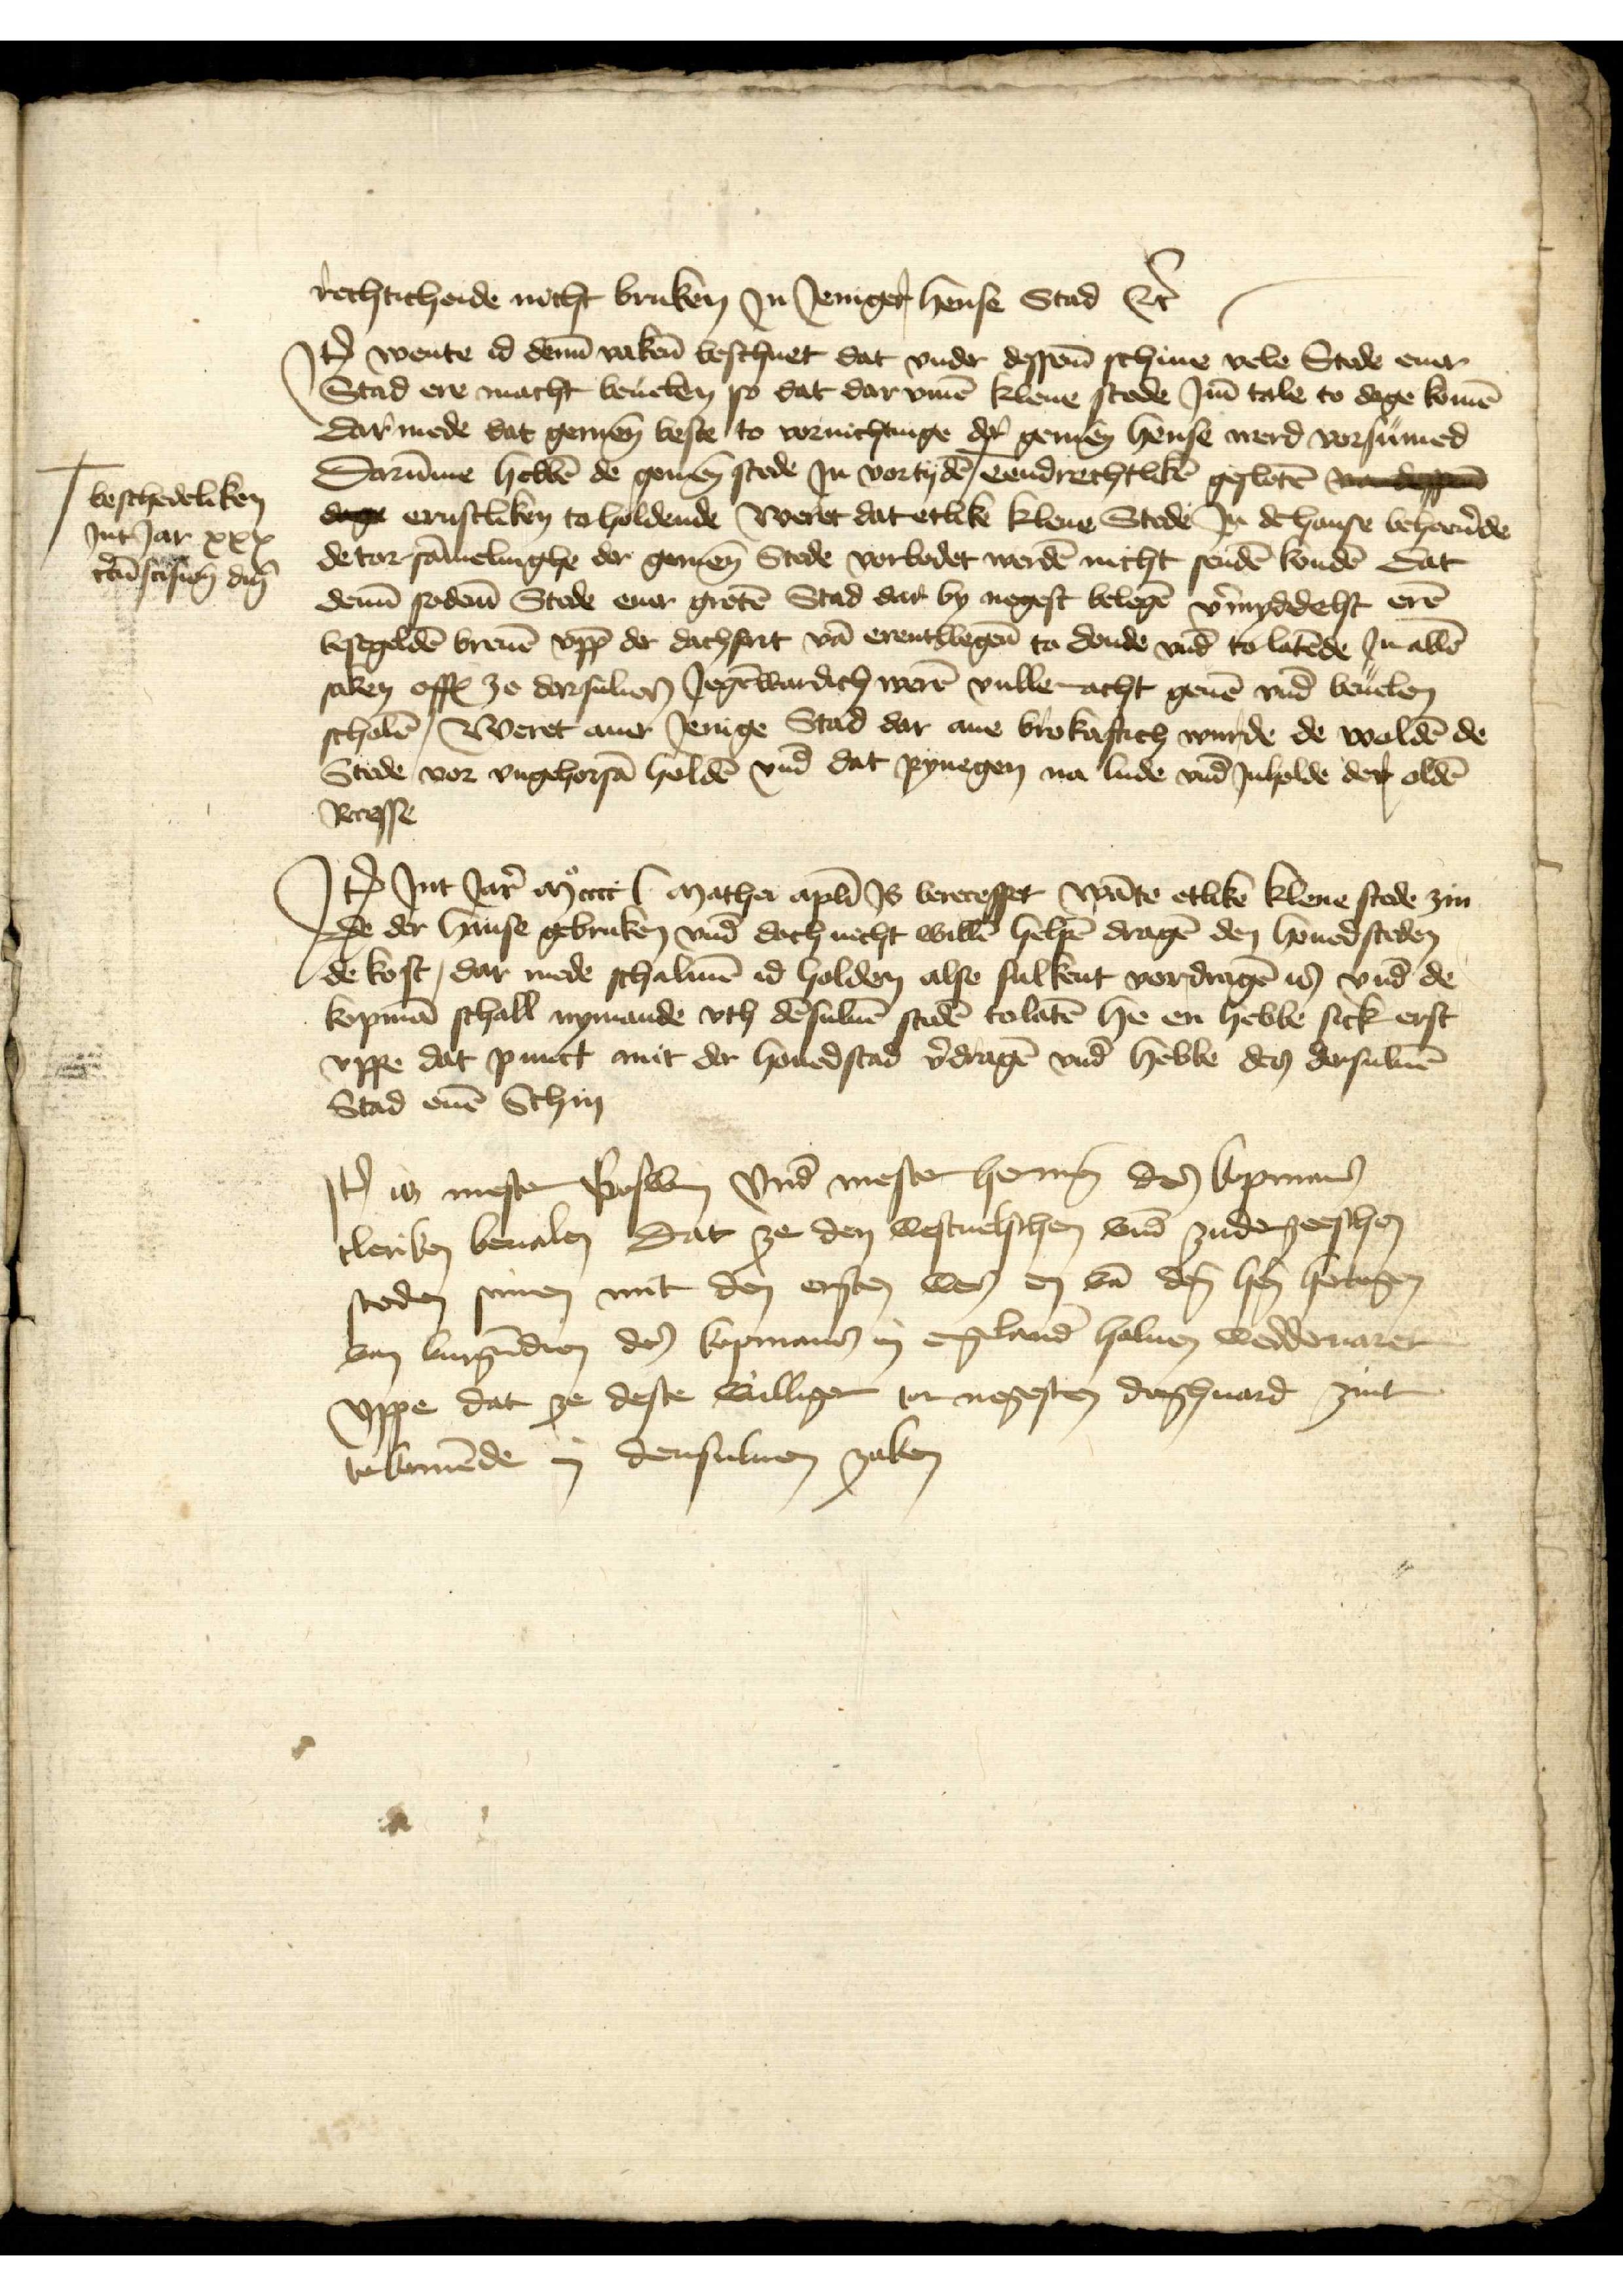
rechticheide nicht bruken Jn Jeniger hense Stad ectetera

Jtem wente id deme vakene beschuet dat vnder dessen schiue vele Stede ener
Stad ere macht beuelen so dat dar vmme klene stede Jme tale to dage komen
Dar mede dat gemenen beste to vornichtinge der gemenen hense werd vorsumed
Darumme hebben de gemenen stede Jn vortyden + eendrechtliken gesloten vandes
dage ernstliken to holdende weret dat etlike klene Stede Jn de hanse behorende
de tor sammelinghe der gemenen Stede vorbodet werden nicht senden konden dat
denne sodane Stede ener groten Stad dar by negest belegen vormyddelst eren
besegelden breuen vpp der dachfart van erentwegene to donde vnd to latende Jn allen
saken offt ze darsulen Jegenwardich weren vulle acht geuen vnd beuelen
scholen, Weret auer Jenige Stad dar ane brokaftich wurde de wolden de
Stede vor vngehorsam holden vnd dat pynegen na lude vnd Jnholde der olden
Recesse

+ beschedeliken
Jnt Jar xxx
recunscisnen den

Jtem Jnt Jar mocccc mathei aplin Js berecesset Wante etliken klene stede zin
de der hanse gebruken vnd doch nicht willen helpen dragen den houedsteden
de kost, dar mede schalmen id holden alse sulkent vordragen is vnd de
kopman schall nymande vth densuluen steden tolaten he en hebbe sick erst
vppe dat punct mit der houedstad vordragen vnd hebbe des dersuluen
Stad enen Schin

Jtem is mester Goswin vnd mester Herman des Copmans
cleriker beualen Dat ze den westuelschen vnd zuderzeeschen
steden scriuen mit den ersteen wes en van dem hern hertogen
van Burgundien des kopmans in Engelande haluen weddeuaret
vppe dat ze desse williger tor negesten dachuard zint
tokomende in densuluen zaken